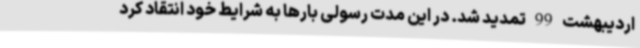
اردیبهشت 99 تمدید شد. در این مدت رسولی بارها به شرایط خود انتقاد کرد